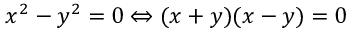
x ^ { 2 } - y ^ { 2 } = 0 \Leftrightarrow ( x + y ) ( x - y ) = 0